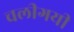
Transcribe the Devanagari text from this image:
चलीगयी